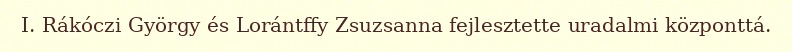
I. Rákóczi György és Lorántffy Zsuzsanna fejlesztette uradalmi központtá.